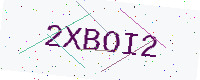
Text: 2XBOI2